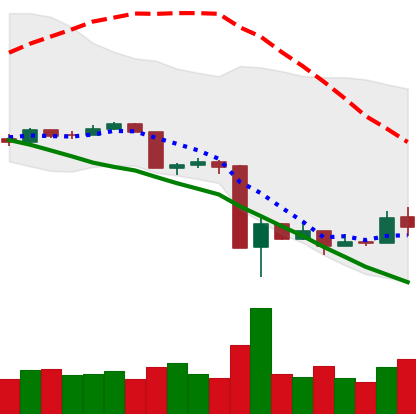
Ticker: XRP-USD
Chart end date: 2020-03-20
Forward return: 3.038%
Label: up_3_5